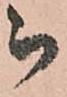
被